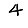
Digit: 4